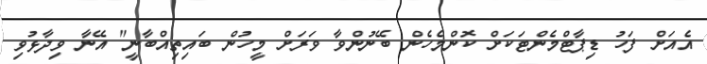
އެއަށް ފަހު ޑިޕާޓްމެންޓަކަށް ކޮންމެހެން ބޭނުންވާ ވަރަށް މީހުން ބައިތިއްބާނީ" އޭނާ ވިދާޅުވި